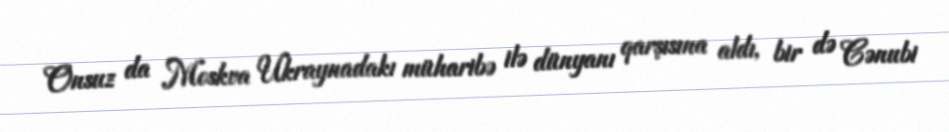
Onsuz da Moskva Ukraynadakı müharibə ilə dünyanı qarşısına aldı, bir də Cənubi